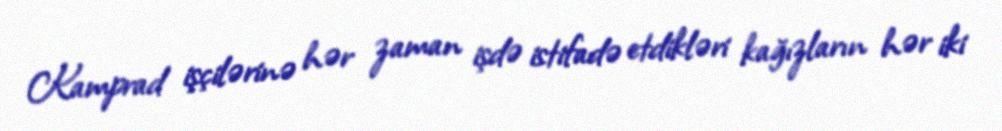
Kamprad işçilərinə hər zaman işdə istifadə etdikləri kağızların hər iki